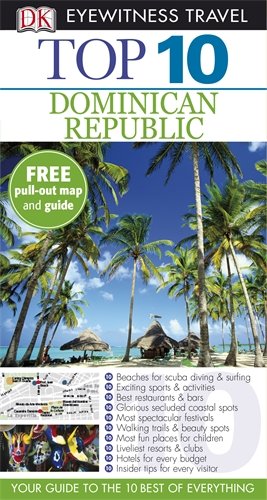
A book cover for DK Eyewitness Top 10 Travel Guide: Dominican Republic; Travel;